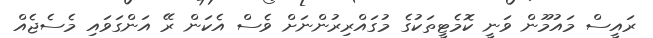
ރައީސް މައުމޫން ވަނީ ކޮމެޓީތަކުގެ މުގައްރިރުންނަށް ވެސް އެކަން ރޭ އަންގަވައި މެސެޖެއް